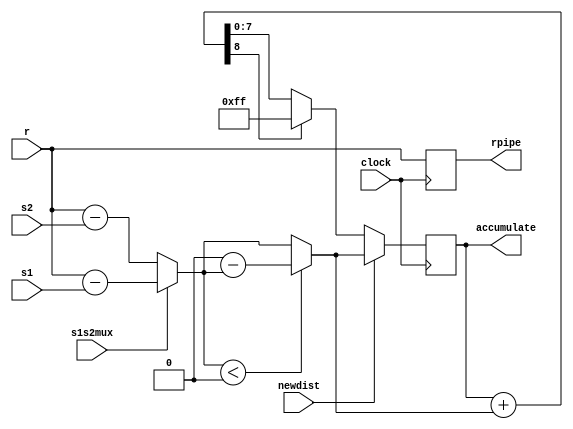
module pe (clock ,r , s1 ,s2 ,s1s2mux , newdist, accumulate, rpipe);
input clock;


input [7:0] r;
input [7:0] s1;
input [7:0] s2;
input  s1s2mux;
input  newdist; //control inputs
output [7:0] accumulate;
output [7:0] rpipe;
	


reg [7:0]  rpipe,accumulate,accumulatein,difference;  
reg carry;
always @(posedge clock) rpipe <= r;
always @(posedge clock) accumulate <=  accumulatein;


always @(r or s1 or s2 or s1s2mux or newdist or accumulate)
begin //capture behavior of logic
if (s1s2mux) 

 difference = (r - s1);
else 
difference = (r - s2);

if (difference < 0) difference = 0 - difference;
// absolute subtraction
 {carry,accumulatein} = accumulate + difference;
 if (carry == 1) accumulatein = 8'hFF;
 if (newdist == 1) accumulatein = difference;
end
endmodule